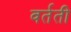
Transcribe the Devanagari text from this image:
वर्तती